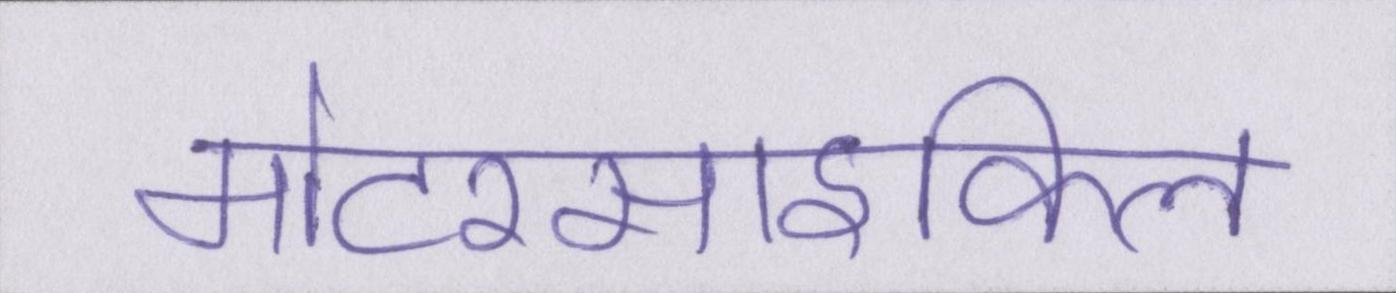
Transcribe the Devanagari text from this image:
मोटरसाइकिल